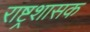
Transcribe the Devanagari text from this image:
राष्ट्रशासक